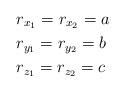
LaTeX: \begin{align*} &r_{x_1}=r_{x_2}=a\\ &r_{y_1}=r_{y_2}=b\\ &r_{z_1}=r_{z_2}=c \end{align*}